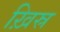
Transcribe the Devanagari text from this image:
ख़िस्र